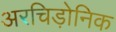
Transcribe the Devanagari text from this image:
अरचिड़ोनिक